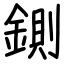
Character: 鍘